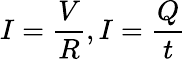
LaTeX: I={\frac{V}{R}},I={\frac{Q}{t}}